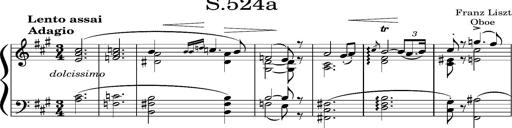
Title: Concerto sans orchestre, S.524a
Composer: Franz Liszt
Key: A major